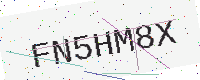
Text: FN5HM8X